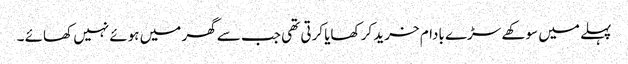
پہلے میں سوکھے سڑے بادام خرید کر کھایا کرتی تھی جب سے گھر میں ہوئے نہیں کھائے ۔